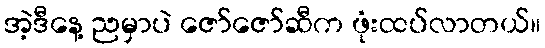
အဲ့ဒီနေ့ ညမှာပဲ ဇော်ဇော်ဆီက ဖုံးထပ်လာတယ်။